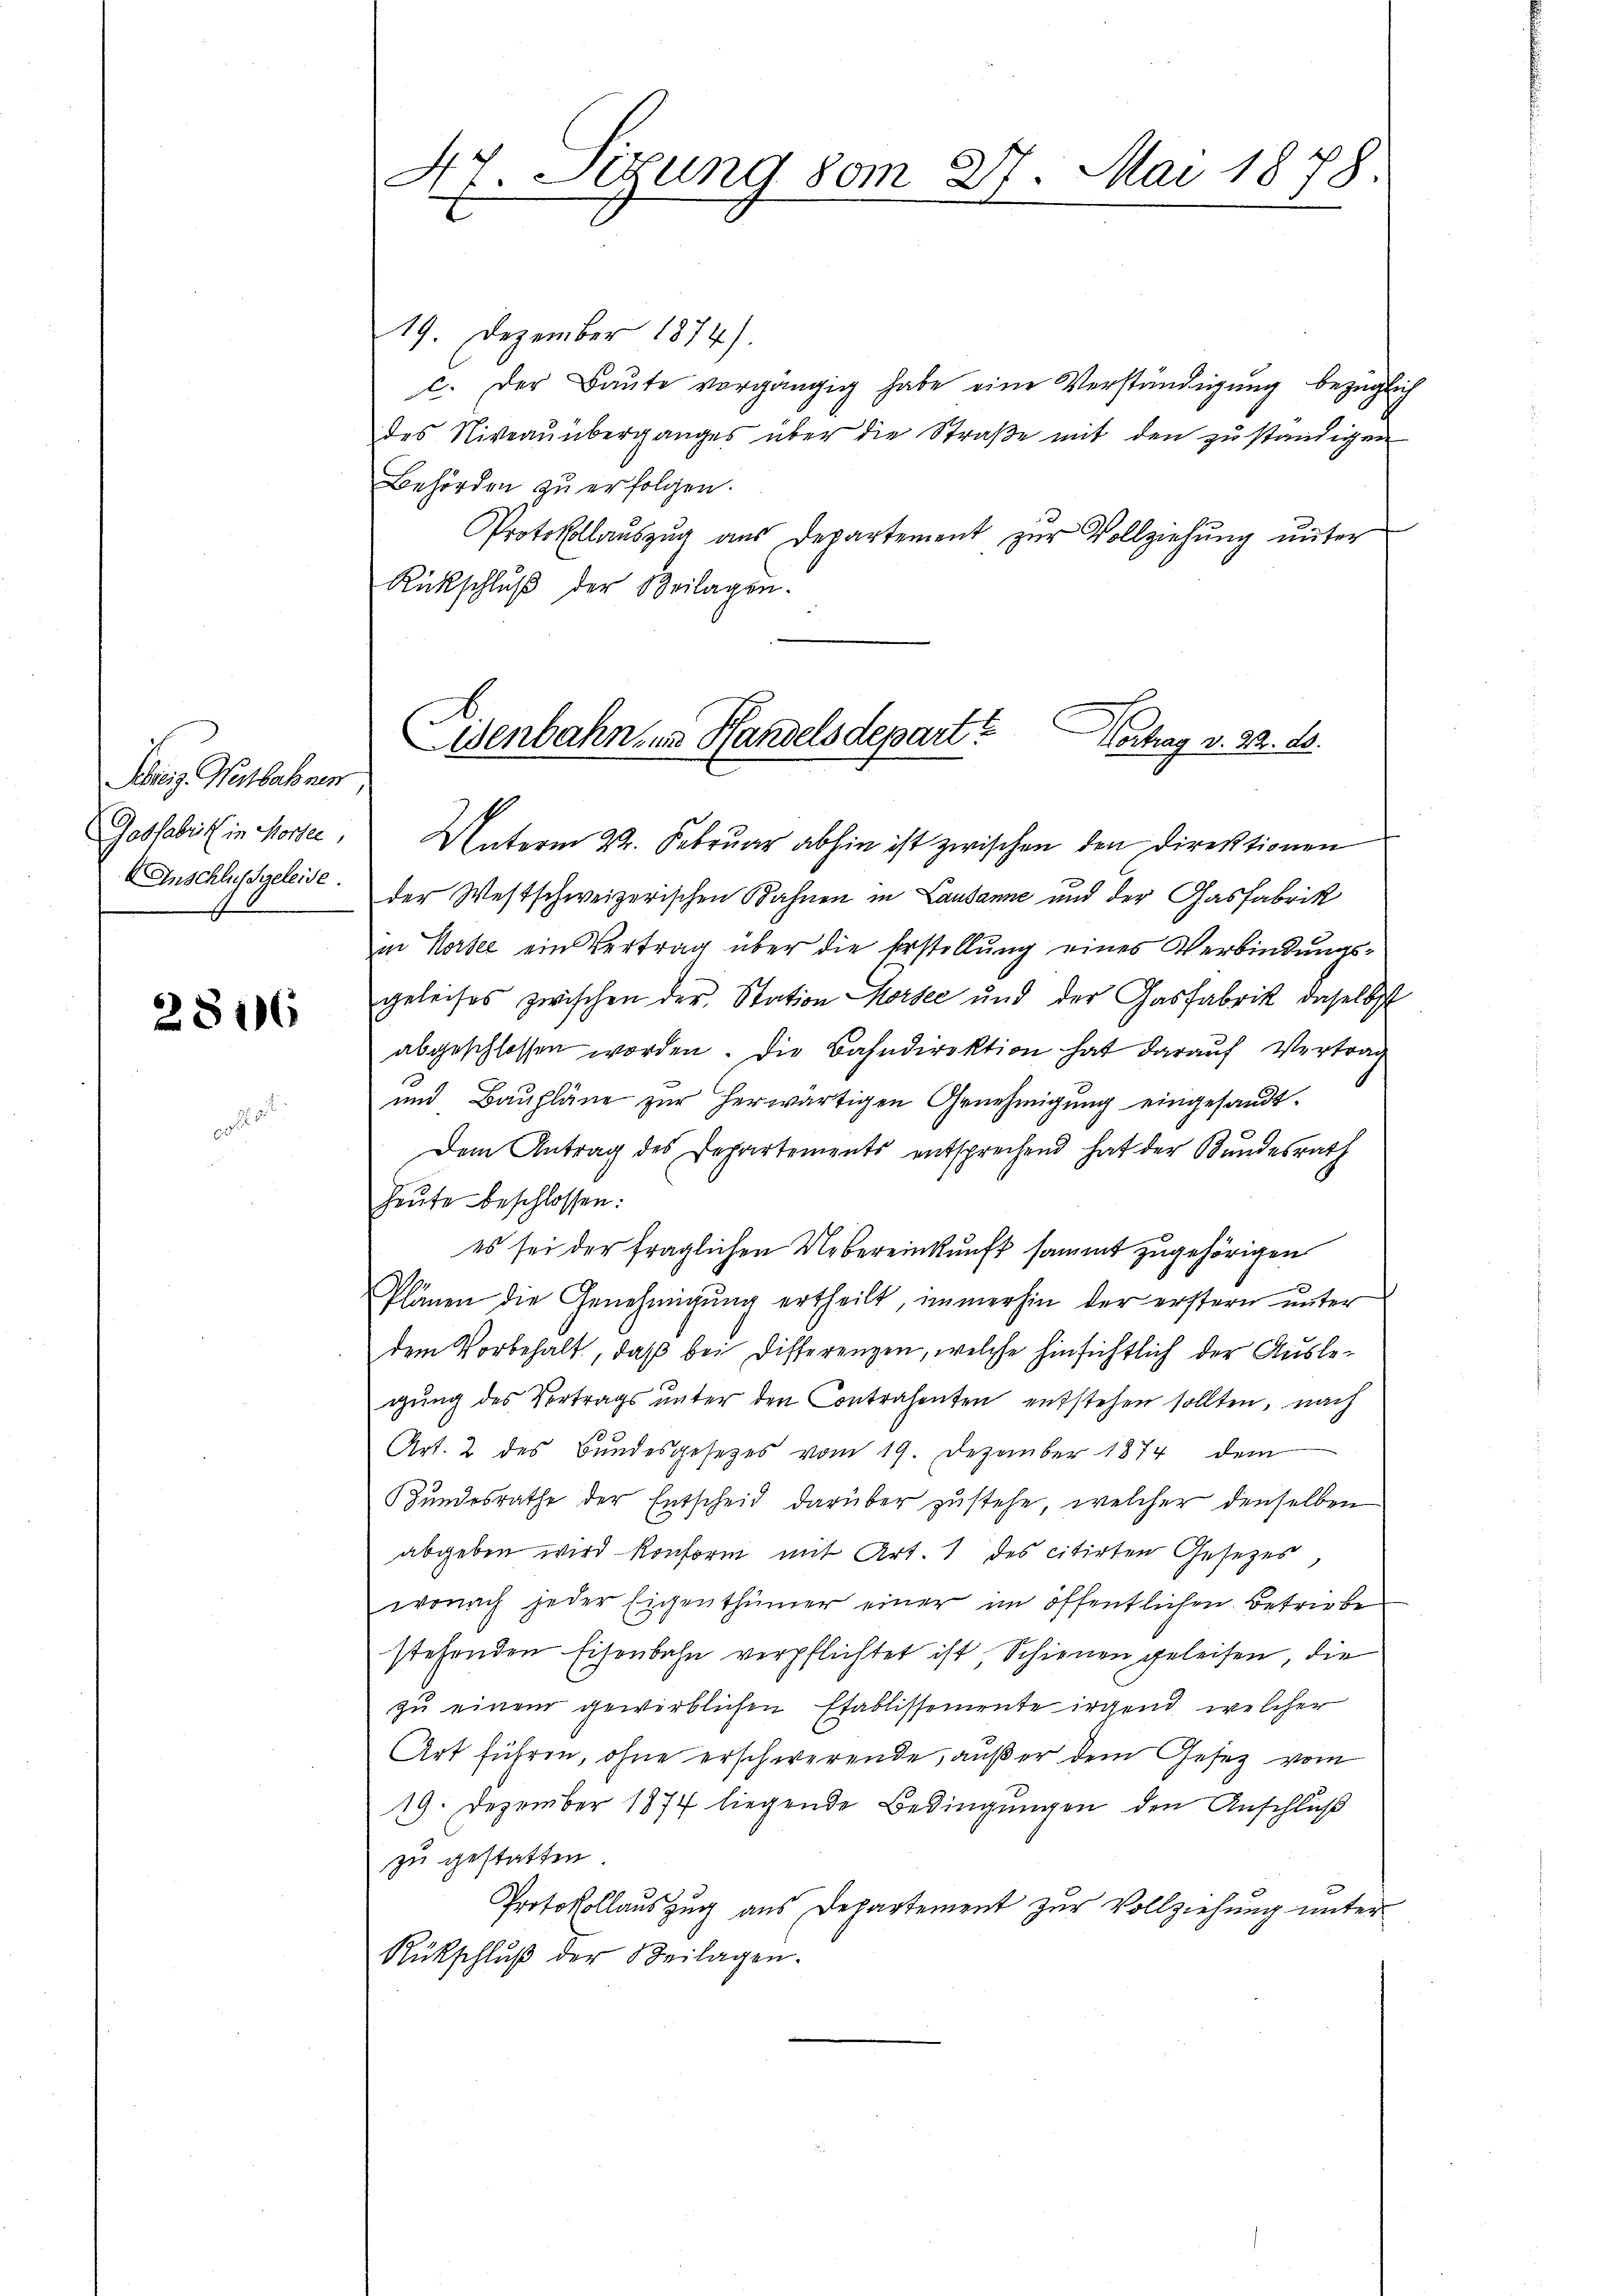
Schweiz. Neubahnen
Gasfabrik in Morsee,

2816

47. Sizung vom 27. Mai 1878.

19. Dezember 1874).
c. Der Baŭte vorgängig habe eine Verständigung bezüglich
des Niveauüberganges über die Straße mit den zuständigen
Behörden zu erfolgen.
Protokollaŭszŭg aŭs Departement zŭr Vollziehŭng ŭnter
Rückschlŭβ der Beilagen.

Eisenbahn in Handelsdepart?
Vortrag v. 22. ds.

Unterm 22. Februar abhin ist zwischen den Direktionen
Anschlussgeleise. Der Westschweizerischen Bahnen in Lausanne und der Gasfabrik
in Horsee ein Vertrag über die Erstellung eines Verbindungsgeleises zwischen der Station Korsee und der Gasfabrik daselbst
abgeschlossen worden. Die Bahndirektion hat darauf Vertrag
und Baupläne zur herwärtigen Genehmigung eingesandt.
Dem Antrag des Departements entsprechend hat der Bundesrath
heŭte beschlossen:
es sei der fraglichen Uebereinkunft sammt zugehörigen
Plänen die Genehmigŭng ertheilt, immerhin der erstern ŭnter
dem Vorbehalt, daß bei Differenzen, welche hinsichtlich der Auslegung des Vertrags unter den Contrahenten entstehen sollten, nach
Art. 2 des Bundesgesetzes vom 19. Dezember 1874 dem
undesrathe der Entscheid darüber zustehe, welcher denselben
abgeben wird konform mit Art. 1 des citirten Gesetzes
wonach jeder Eigenthümer einer im öffentlichen Betriebe
stehenden Eisenbahn verpflichtet ist, Schienen geleisen, die
zu einem gewerblichen Etablissemente irgend welcher
Art führen, ohne erschwerende, außer dem Gesetz vom
19. Dezember 1874 liegende Bedingungen den Anschluß
zu gestatten
Protokollauszug aus Departement zur Vollziehung unter
Rückschlŭβ der Beilagen.